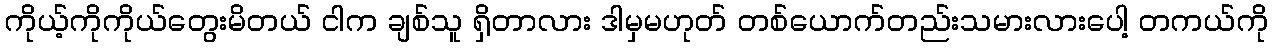
ကိုယ့်ကိုကိုယ်တွေးမိတယ် ငါက ချစ်သူ ရှိတာလား ဒါမှမဟုတ် တစ်ယောက်တည်းသမားလားပေါ့ တကယ်ကို